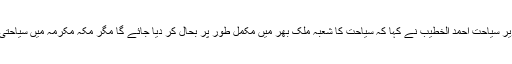
اس موقع پر سعودی وزیر سیاحت احمد الخطیب نے کہا کہ سیاحت کا شعبہ ملک بھر میں مکمل طور پر بحال کر دیا جائے گا مگر مکہ مکرمہ میں سیاحتی شعبے پرپابندی ہوگی۔